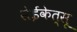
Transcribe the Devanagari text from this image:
सेईकेत्सू